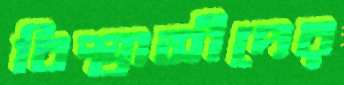
বিশ্বাসীদের